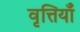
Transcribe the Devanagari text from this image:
वृत्तियॉँ